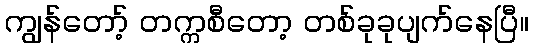
ကျွန်တော့် တက္ကစီတော့ တစ်ခုခုပျက်နေပြီ။